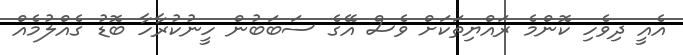
އެއީ ދިވެހި ކޮންމެ ރައްޔިިތަކަށް ވެސް އޭގެ ސަބަބުން ހީނުކުރާހާ ބޮޑު ގެއްލުމެއް